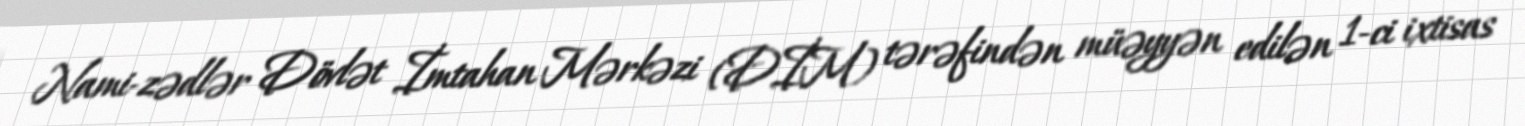
Nami­zədlər Dövlət İmtahan Mərkəzi (DİM) tərəfindən müəyyən edilən 1-ci ixtisas